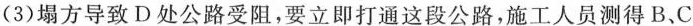
（3）塌方导致D处公路受阻，要立即大打通这段公路，施工人员测的B、C